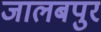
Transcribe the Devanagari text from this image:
जालबपुर